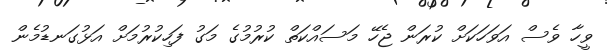
ވީހާ ވެސް އަވަހަކަށް ކުރަން ޖެހޭ މަސައްކަތް ކުރުމުގެ މަގު ފަހިކުރުމަށް އަޅުގަނޑުމެން